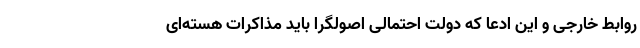
روابط خارجی و این ادعا که دولت احتمالی اصولگرا باید مذاکرات هسته‌ای